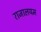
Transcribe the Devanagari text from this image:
राजालयम